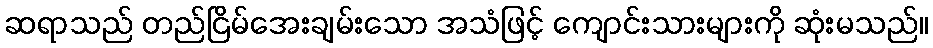
ဆရာသည် တည်ငြိမ်အေးချမ်းသော အသံဖြင့် ကျောင်းသားများကို ဆုံးမသည်။